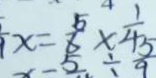
x = \frac { 5 } { 6 } \times \frac { 1 } { 4 }